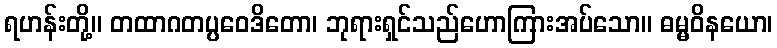
ရဟန်းတို့။ တထာဂတပ္ပဝေဒိတော၊ ဘုရားရှင်သည်ဟောကြားအပ်သော။ ဓမ္မဝိနယော၊